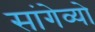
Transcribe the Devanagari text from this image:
सांगेव्यो